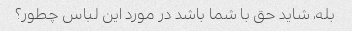
بله، شاید حق با شما باشد در مورد این لباس چطور؟